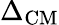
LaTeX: \Delta_{\mathrm{CM}}